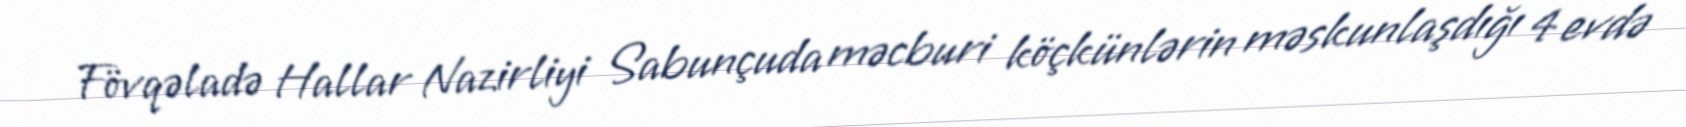
Fövqəladə Hallar Nazirliyi Sabunçuda məcburi köçkünlərin məskunlaşdığı 4 evdə